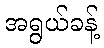
အရွယ်ခန့်